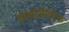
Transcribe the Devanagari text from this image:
सैरकोलैक्टिक